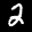
Label: 2